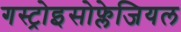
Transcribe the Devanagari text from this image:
गस्ट्रोइसोफ्लेजियल